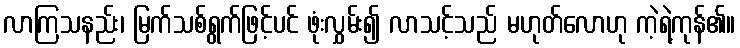
လာကြသနည်း၊ မြက်သစ်ရွက်ဖြင့်ပင် ဖုံးလွှမ်း၍ လာသင့်သည် မဟုတ်လောဟု ကဲ့ရဲ့ကုန်၏။